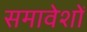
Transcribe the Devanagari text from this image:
समावेशों